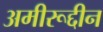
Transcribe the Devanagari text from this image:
अमीरूद्दीन